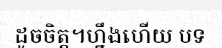
ដូចចិត្ត។ហ្នឹងហើយ បទ